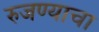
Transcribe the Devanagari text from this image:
रुजण्याचा